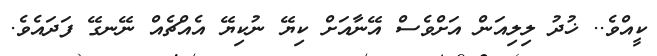
ކީއްވެ.. ޚުދު ލިލިއަން އަށްވެސް އޭނާއަށް ކިޔޭ ނުކިޔޭ އެއްޗެއް ނޭނގޭ ފަދައެވެ.